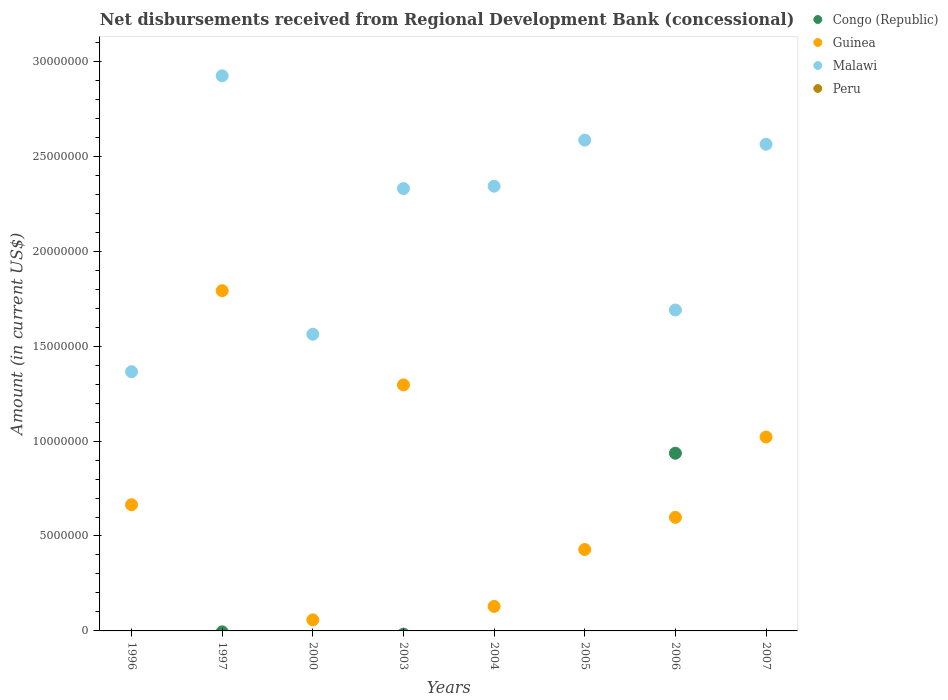
| Years | Congo (Republic) | Guinea | Malawi | Peru |
 | --- | --- | --- | --- | --- |
 | 1996 | -2.89e+05 | 6.65e+06 | 1.37e+07 | -8.94e+06 |
 | 1997 | -5e+04 | 1.79e+07 | 2.92e+07 | -1.01e+07 |
 | 2000 | -3.62e+05 | 5.82e+05 | 1.56e+07 | -1.21e+07 |
 | 2003 | -1.71e+05 | 1.3e+07 | 2.33e+07 | -1.15e+07 |
 | 2004 | -6.88e+05 | 1.29e+06 | 2.34e+07 | -1.13e+07 |
 | 2005 | -3.83e+05 | 4.29e+06 | 2.59e+07 | -1.11e+07 |
 | 2006 | 9.36e+06 | 5.98e+06 | 1.69e+07 | -9.76e+06 |
 | 2007 | -3.68e+05 | 1.02e+07 | 2.56e+07 | -9.12e+06 |